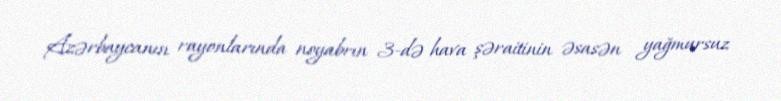
Azərbaycanın rayonlarında noyabrın 3-də hava şəraitinin əsasən yağmursuz